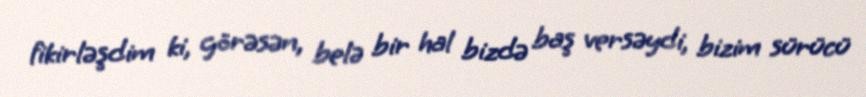
fikirləşdim ki, görəsən, belə bir hal bizdə baş versəydi, bizim sürücü